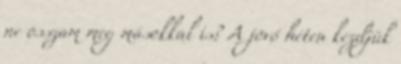
ne osszam meg másokkal is? A jövő héten kezdjük